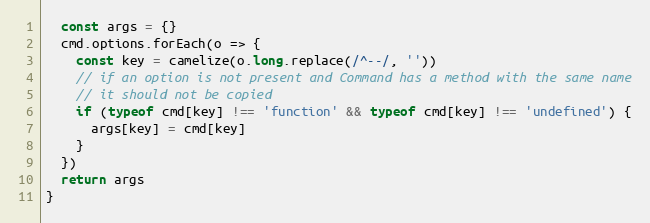
Language: JavaScript
  const args = {}
  cmd.options.forEach(o => {
    const key = camelize(o.long.replace(/^--/, ''))
    // if an option is not present and Command has a method with the same name
    // it should not be copied
    if (typeof cmd[key] !== 'function' && typeof cmd[key] !== 'undefined') {
      args[key] = cmd[key]
    }
  })
  return args
}